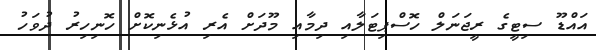
އައްޑޫ ސިޓީގެ ރީޖަނަލް ހޮސްޕިޓަލާއި ދިމާއި މޫދަށް އެރި އުޅެނިކޮށް ހޮނިހިރު ދުވަހު